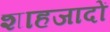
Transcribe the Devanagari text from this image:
शाहजादों